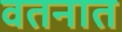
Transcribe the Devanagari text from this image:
वतनात